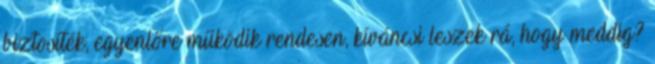
biztosíték, egyenlőre működik rendesen, kíváncsi leszek rá, hogy meddig?